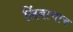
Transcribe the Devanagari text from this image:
लिंबाचाच